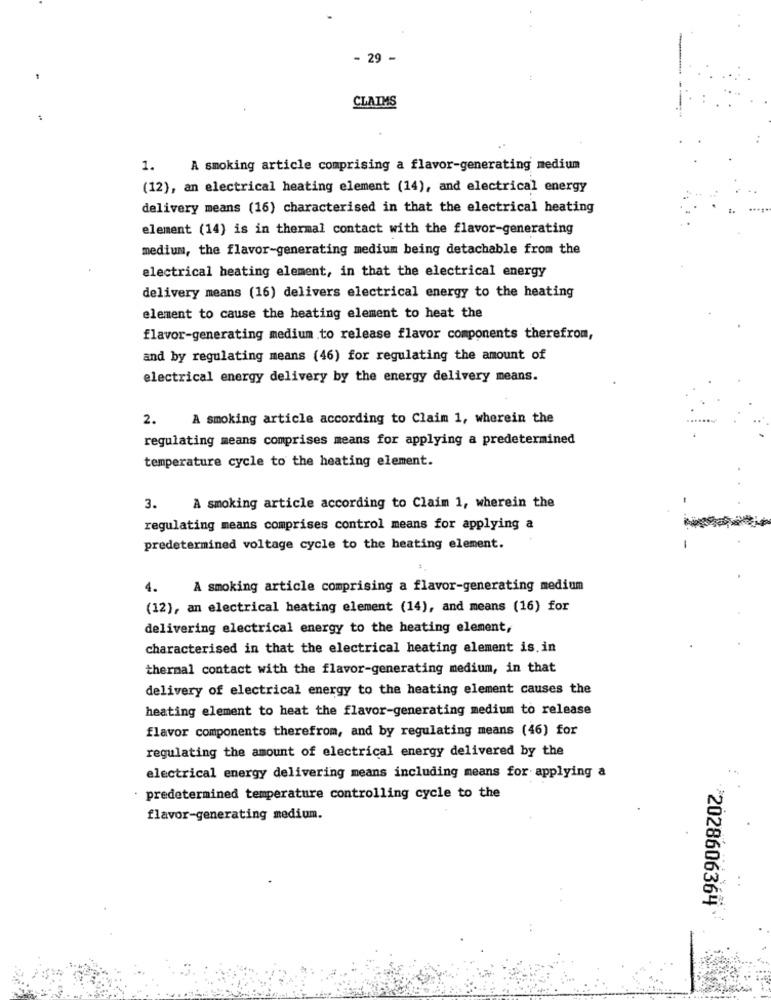
- 29 -
CLAIMS
1.
A smoking article comprising a flavor-generating medium
(12), an electrical heating element (14), and electrical energy
delivery means (16) characterised in that the electrical heating
element (14) is in thermal contact with the flavor-generating
medium, the flavor-generating medium being detachable from the
electrical heating element, in that the electrical energy
delivery means (16) delivers electrical energy to the heating
element to cause the heating element to heat the
flavor-generating medium to release flavor components therefrom,
and by regulating means (46) for regulating the amount of
electrical energy delivery by the energy delivery means.
2.
A smoking article according to Claim 1, wherein the
regulating means comprises means for applying a predetermined
temperature cycle to the heating element.
3.
A smoking article according to Claim 1, wherein the
regulating means comprises control means for applying a
predetermined voltage cycle to the heating element.
-
4.
A smoking article comprising a flavor-generating medium
(12), an electrical heating element (14), and means (16) for
delivering electrical energy to the heating element,
characterised in that the electrical heating element is.in
thermal contact with the flavor-generating medium, in that
delivery of electrical energy to the heating element causes the
heating element to heat the flavor-generating medium to release
flavor components therefrom, and by regulating means (46) for
regulating the amount of electrical energy delivered by the
electrical energy delivering means including means for applying a
predetermined temperature controlling cycle to the
flavor-generating medium.
>2028606364